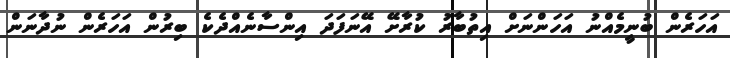
އަހަރެން ބުނީމެއްނު އަހަންނަށް އިތުބާރު ކުރާށޭ އޭނަފަދަ އިންސާނެއްދެކެ ބިރުން އަހަރެން ނުދާނަން